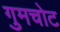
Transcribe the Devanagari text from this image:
गुमचोट